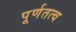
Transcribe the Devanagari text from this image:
पूर्णतत्व